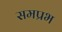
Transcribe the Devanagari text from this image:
समप्रभ